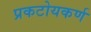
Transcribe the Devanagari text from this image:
प्रकटोयकर्ण